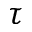
\tau